Annual report of the Punjab Veterinary College and of the Civil Veterinary Department, Punjab - 1920-1925
Year: 1920
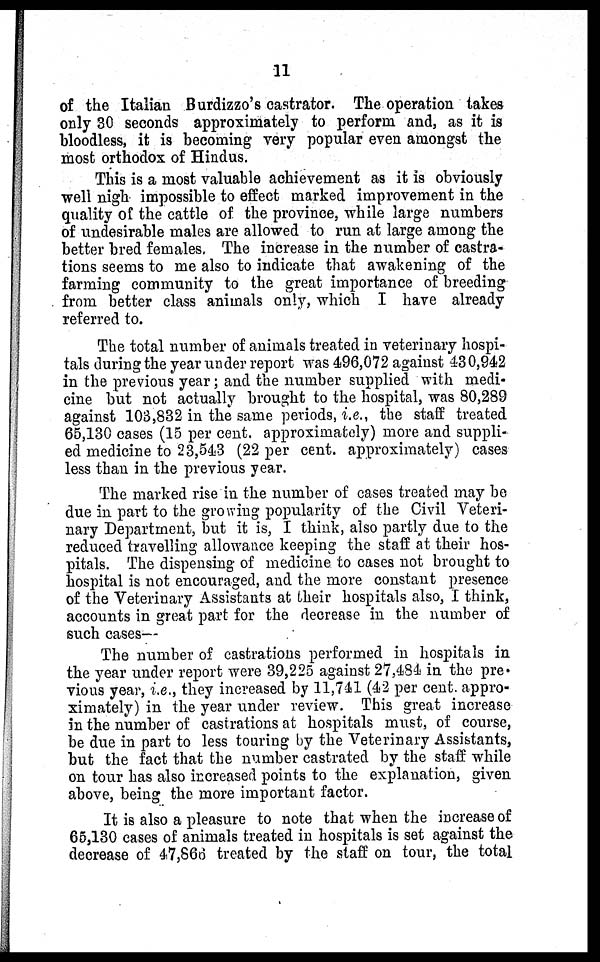
11
of the Italian Burdizzo's castrator. The operation takes
only 30 seconds approximately to perform and, as it is
bloodless, it is becoming very popular even amongst the
most orthodox of Hindus.
This is a most valuable achievement as it is obviously
well nigh impossible to effect marked improvement in the
quality of the cattle of the province, while large numbers
of undesirable males are allowed to run at large among the
better bred females, The increase in the number of castra-
tions seems to me also to indicate that awakening of the
farming community to the great importance of breeding
from better class animals only, which I have already
referred to.
The total number of animals treated in veterinary hospi-
tals during the year under report was 496,072 against 430,942
in the previous year; and the number supplied with medi-
cine but not actually brought to the hospital, was 80,289
against 103,832 in the same periods, i.e., the staff treated
65,130 cases (15 per cent. approximately) more and suppli-
ed medicine to 23,543 (22 per cent. approximately) cases
less than in the previous year.
The marked rise in the number of cases treated may be
due in part to the growing popularity of the Civil Veteri-
nary Department, but it is, I think, also partly due to the
reduced travelling allowance keeping the staff at their hos-
pitals. The dispensing of medicine to cases not brought to
hospital is not encouraged, and the more constant presence
of the Veterinary Assistants at their hospitals also, I think,
accounts in great part for the decrease in the number of
such cases—
The number of castrations performed in hospitals in
the year under report were 39,225 against 27,484 in the pre-
vious year, i.e., they increased by 11,741 (42 per cent. appro-
ximately) in the year under review. This great increase
in the number of castrations at hospitals must, of course,
be due in part to less touring by the Veterinary Assistants,
but the fact that the number castrated by the staff while
on tour has also increased points to the explanation, given
above, being the more important factor.
It is also a pleasure to note that when the increase of
65,130 eases of animals treated in hospitals is set against the
decrease of 47,866 treated by the staff on tour, the total